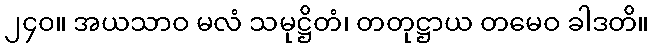
၂၄၀။ အယသာဝ မလံ သမုဋ္ဌိတံ၊ တတုဋ္ဌာယ တမေဝ ခါဒတိ။